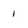
Character: 1